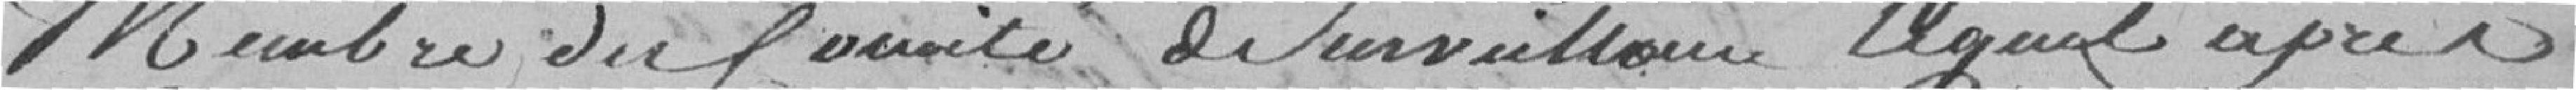
membre de l'unité de surveillance lequel après